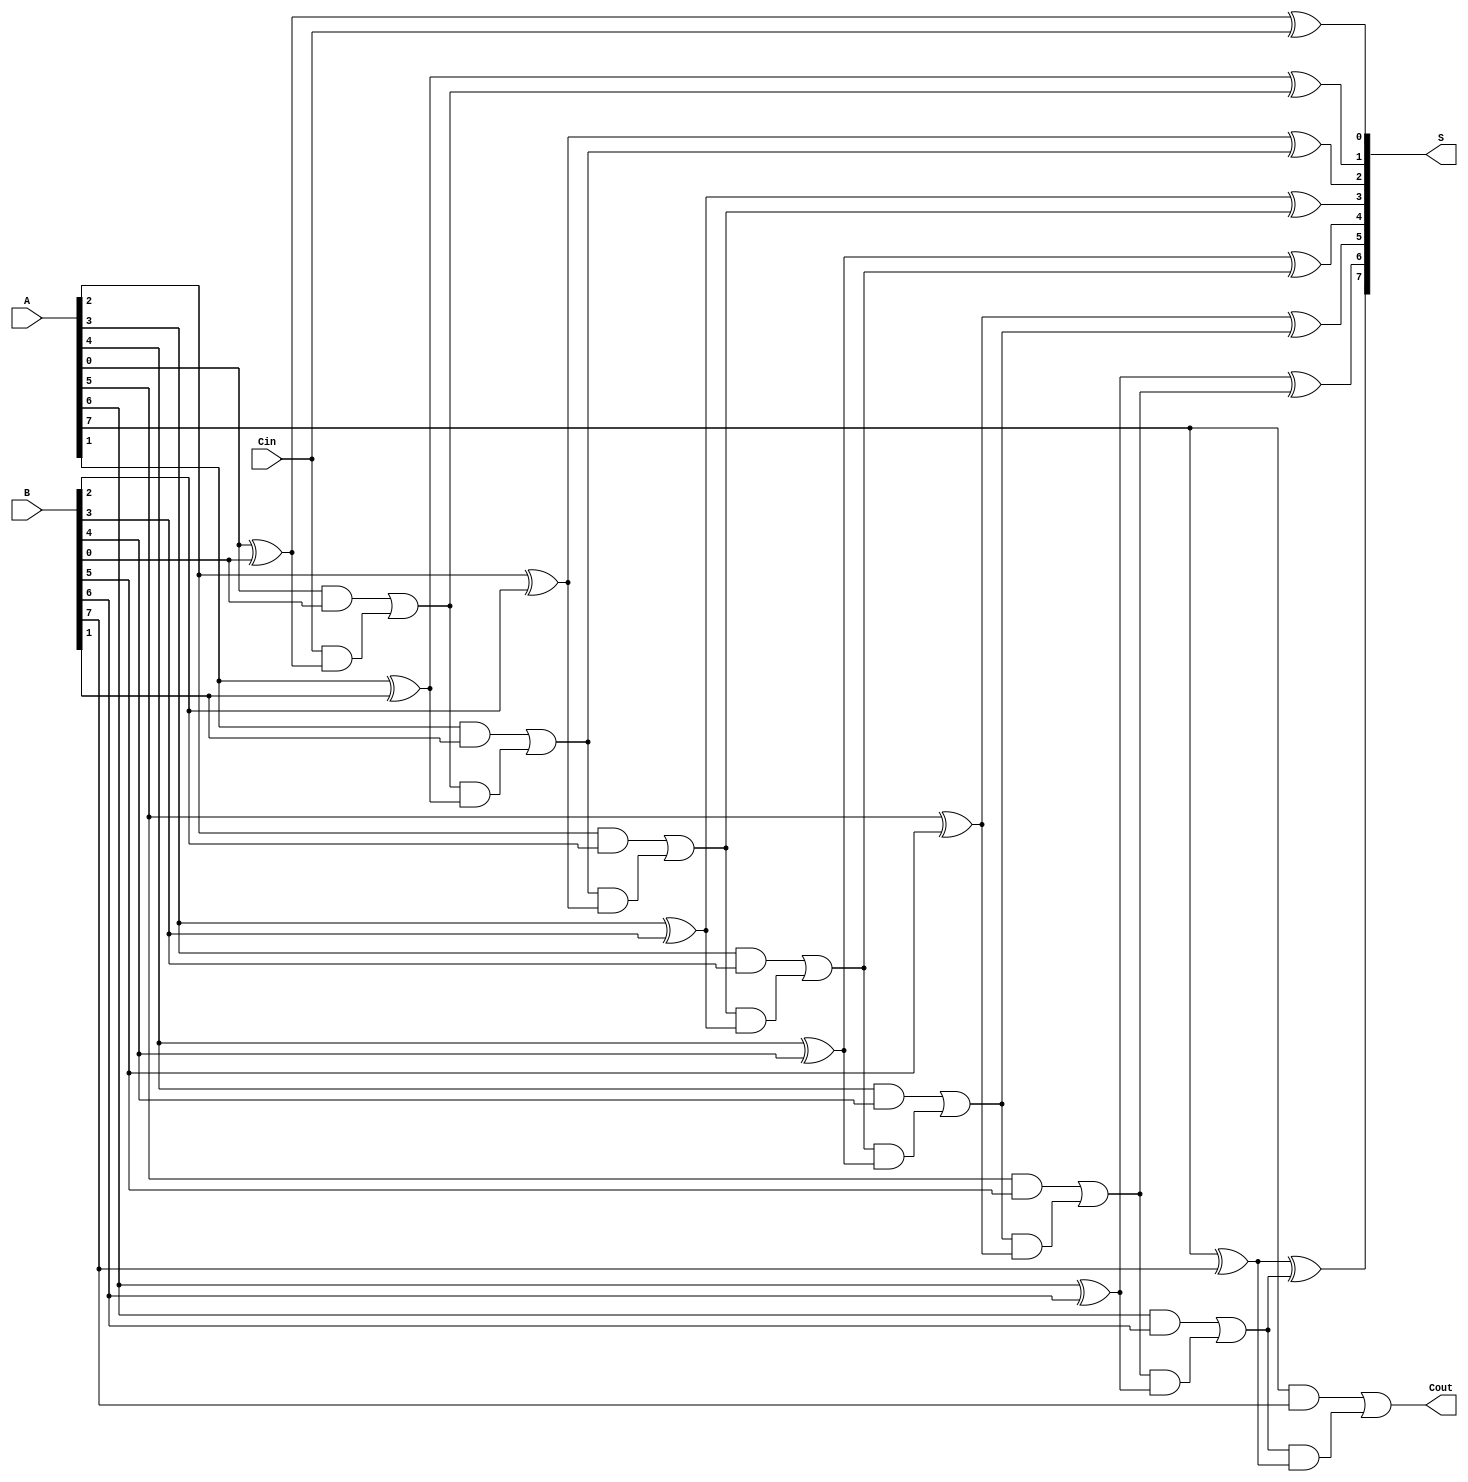
module ManchesterCarryChainAdder #(parameter N = 8) (
    input  wire [N-1:0] A,      // First n-bit input
    input  wire [N-1:0] B,      // Second n-bit input
    input  wire Cin,             // Carry-in
    output wire [N-1:0] S,       // n-bit sum output
    output wire Cout             // Carry-out
);

    // Internal wires for carry propagation
    wire [N:0] carry; // carry[N] is the carry out from the MSB full adder

    // Assign the initial carry-in
    assign carry[0] = Cin;

    // Generate full adder cells
    genvar i;
    generate
        for (i = 0; i < N; i = i + 1) begin : full_adder
            // Full adder logic
            assign S[i] = A[i] ^ B[i] ^ carry[i]; // Sum output
            assign carry[i + 1] = (A[i] & B[i]) | (carry[i] & (A[i] ^ B[i])); // Carry output
        end
    endgenerate

    // Assign the carry out from the most significant bit
    assign Cout = carry[N];

endmodule